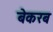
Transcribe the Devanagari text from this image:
बेकरब